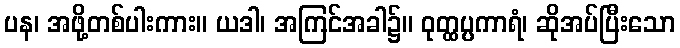
ပန၊ အဖို့တစ်ပါးကား။ ယဒါ၊ အကြင်အခါ၌။ ဝုတ္ထပ္ပကာရံ၊ ဆိုအပ်ပြီးသော